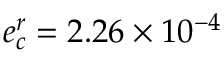
e _ { c } ^ { r } = 2 . 2 6 \times 1 0 ^ { - 4 }